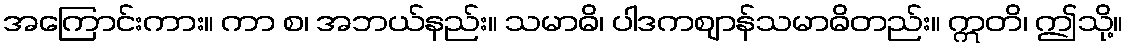
အကြောင်းကား။ ကာ စ၊ အဘယ်နည်း။ သမာဓိ၊ ပါဒကဈာန်သမာဓိတည်း။ ဣတိ၊ ဤသို့။